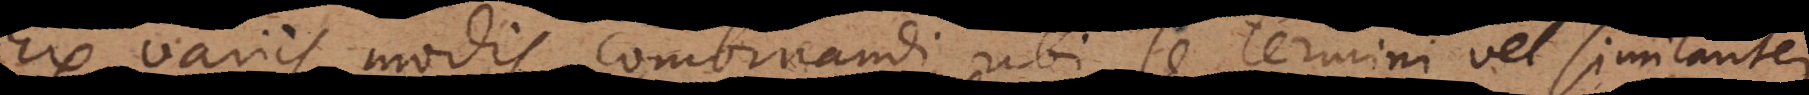
Ex variis modis combinandi, ubi se termini vel similariter